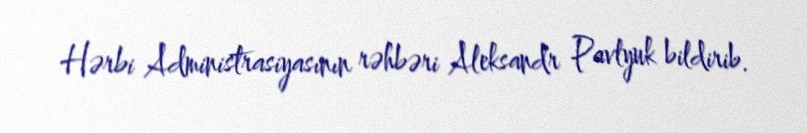
Hərbi Administrasiyasının rəhbəri Aleksandr Pavlyuk bildirib.